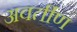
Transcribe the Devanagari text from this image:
अवर्तीण